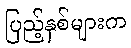
ပြည့်နှစ်များက